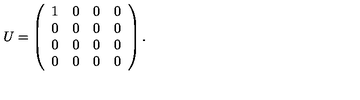
U = \left( \begin{array} { c c c c } { 1 } & { 0 } & { 0 } & { 0 } \\ { 0 } & { 0 } & { 0 } & { 0 } \\ { 0 } & { 0 } & { 0 } & { 0 } \\ { 0 } & { 0 } & { 0 } & { 0 } \\ \end{array} \right) .